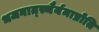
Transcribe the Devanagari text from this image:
भजनात्स्थैर्यमाप्नोति